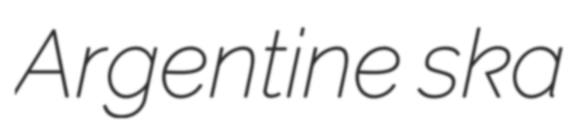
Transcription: Argentine ska